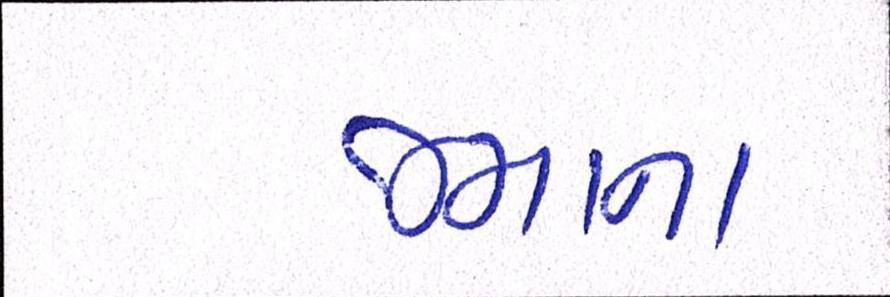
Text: જમાના